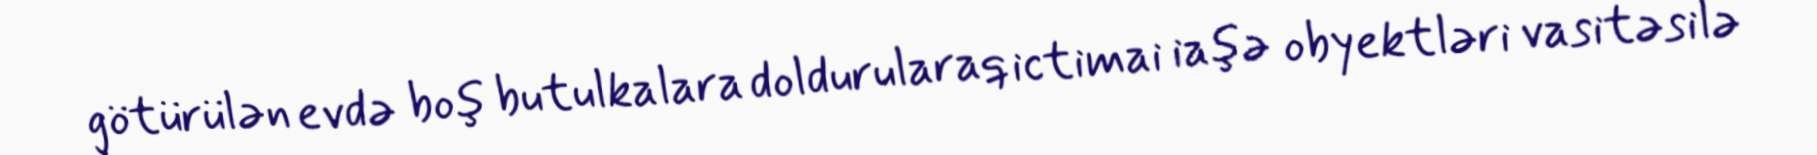
götürülən evdə boş butulkalara doldurularaq ictimai iaşə obyektləri vasitəsilə